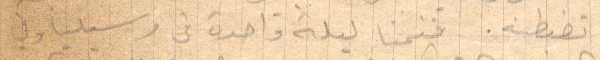
تضبطه. فنمنا ليلة واحدة في مرسيليا وفي